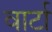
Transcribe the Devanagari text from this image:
वार्टा